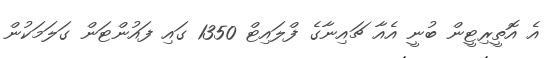
އެ އޮތީރިޓީން ބުނީ އެއާ ޗައިނާގެ ފްލައިޓް 1350 ގައި ފައުންޓަން ގަލަމަކުން